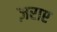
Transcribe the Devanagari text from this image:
ज़राए